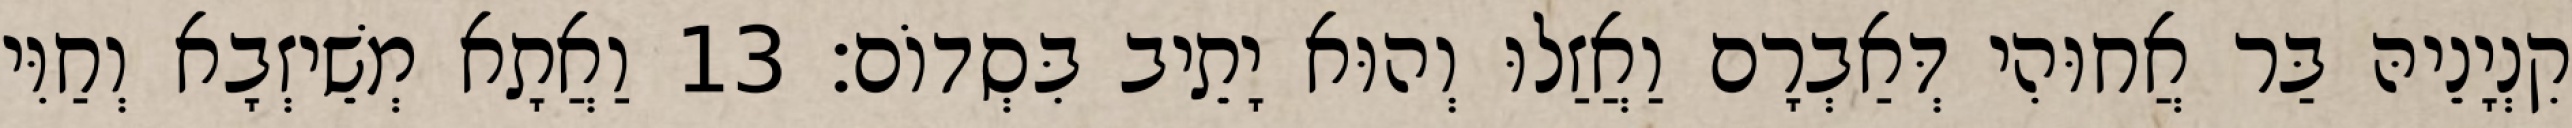
קִנְיָנֵיהּ בַּר אֲחוּהִי דְּאַבְרָם וַאֲזַלוּ וְהוּא יָתֵיב בִּסְדוֹם׃ 13 וַאֲתָא מְשֵׁיזְבָא וְחַוִּי